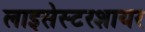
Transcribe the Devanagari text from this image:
लाइसेस्टरशायर